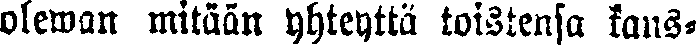
olewan mitään yhteyttä toistensa kans-